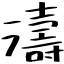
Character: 濤